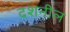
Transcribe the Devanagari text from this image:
दशनील